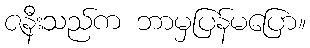
ဇနီးသည်က ဘာမှပြန်မပြော။